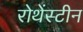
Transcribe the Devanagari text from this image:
रोथेंस्टीन